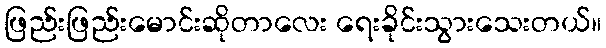
ဖြည်းဖြည်းမောင်းဆိုတာလေး ရေးခိုင်းသွားသေးတယ်။